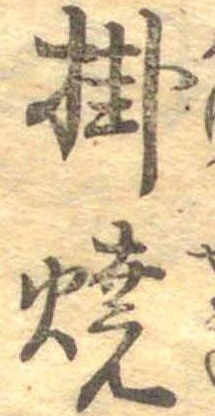
掛焼